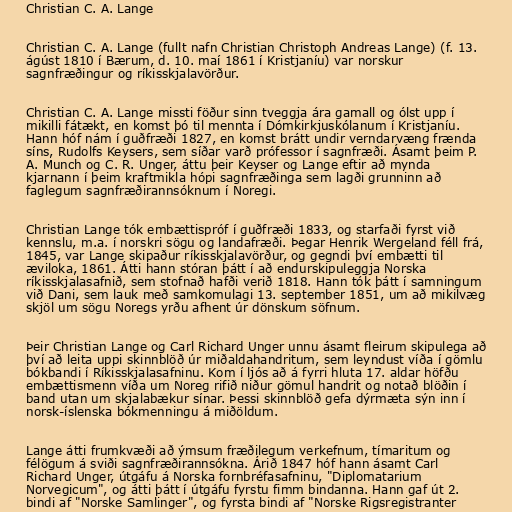
Christian C. A. Lange

Christian C. A. Lange (fullt nafn Christian Christoph Andreas Lange) (f. 13.
ágúst 1810 í Bærum, d. 10. maí 1861 í Kristjaníu) var norskur
sagnfræðingur og ríkisskjalavörður.

Christian C. A. Lange missti föður sinn tveggja ára gamall og ólst upp í
mikilli fátækt, en komst þó til mennta í Dómkirkjuskólanum í Kristjaníu.
Hann hóf nám í guðfræði 1827, en komst brátt undir verndarvæng frænda
síns, Rudolfs Keysers, sem síðar varð prófessor í sagnfræði. Ásamt þeim P.
A. Munch og C. R. Unger, áttu þeir Keyser og Lange eftir að mynda
kjarnann í þeim kraftmikla hópi sagnfræðinga sem lagði grunninn að
faglegum sagnfræðirannsóknum í Noregi.

Christian Lange tók embættispróf í guðfræði 1833, og starfaði fyrst við
kennslu, m.a. í norskri sögu og landafræði. Þegar Henrik Wergeland féll frá,
1845, var Lange skipaður ríkisskjalavörður, og gegndi því embætti til
æviloka, 1861. Átti hann stóran þátt í að endurskipuleggja Norska
ríkisskjalasafnið, sem stofnað hafði verið 1818. Hann tók þátt í samningum
við Dani, sem lauk með samkomulagi 13. september 1851, um að mikilvæg
skjöl um sögu Noregs yrðu afhent úr dönskum söfnum.

Þeir Christian Lange og Carl Richard Unger unnu ásamt fleirum skipulega að
því að leita uppi skinnblöð úr miðaldahandritum, sem leyndust víða í gömlu
bókbandi í Ríkisskjalasafninu. Kom í ljós að á fyrri hluta 17. aldar höfðu
embættismenn víða um Noreg rifið niður gömul handrit og notað blöðin í
band utan um skjalabækur sínar. Þessi skinnblöð gefa dýrmæta sýn inn í
norsk-íslenska bókmenningu á miðöldum.

Lange átti frumkvæði að ýmsum fræðilegum verkefnum, tímaritum og
félögum á sviði sagnfræðirannsókna. Árið 1847 hóf hann ásamt Carl
Richard Unger, útgáfu á Norska fornbréfasafninu, "Diplomatarium
Norvegicum", og átti þátt í útgáfu fyrstu fimm bindanna. Hann gaf út 2.
bindi af "Norske Samlinger", og fyrsta bindi af "Norske Rigsregistranter